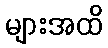
များအထိ